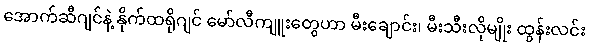
အောက်ဆီဂျင်နဲ့ နိုက်ထရိုဂျင် မော်လီကျူးတွေဟာ မီးချောင်း၊ မီးသီးလိုမျိုး ထွန်းလင်း